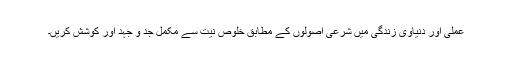
عملی اور دنیاوی زندگی میں شرعی اصولوں کے مطابق خلوصِ نیت سے مکمل جد و جہد اور کوشش کریں۔